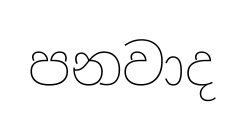
පනවාද